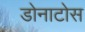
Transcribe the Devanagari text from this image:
डोनाटोस